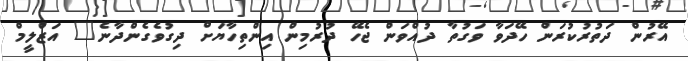
އޭރުން ދަތުރުކުރަން ހޭދަވާ ވަގުތާ ދުއްވަން ޖެހޭ ދުރުމިން އިންތިހާޔަށް ދިގުވެގެންދާނެ" އަޒްލީމް